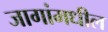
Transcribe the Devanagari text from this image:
जागांमधील